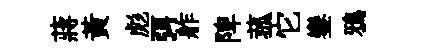
蔣黄彪弭舴陴菰它鑾鴉